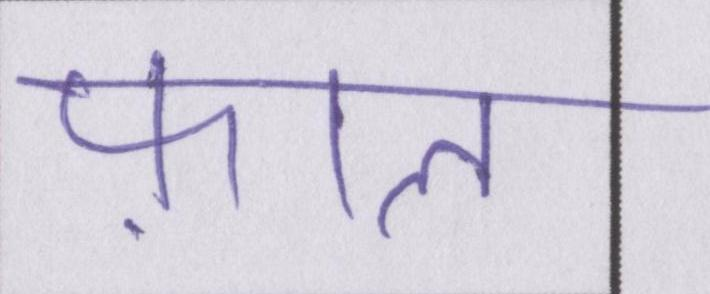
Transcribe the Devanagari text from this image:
फ़ाल